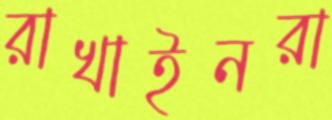
রাখাইনরা